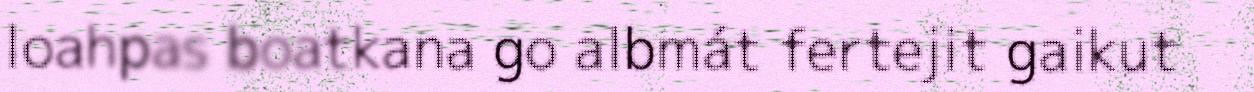
loahpas boatkana go albmát fertejit gaikut